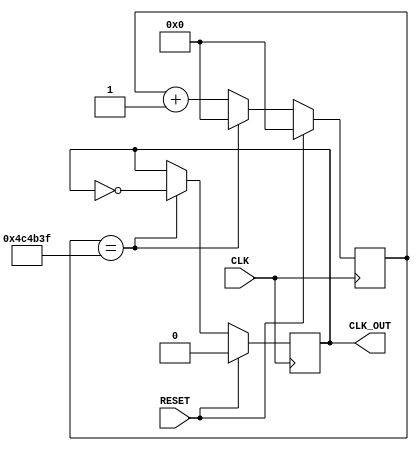
`timescale 1ns / 1ps
//////////////////////////////////////////////////////////////////////////////////
// Company: 
// Engineer: 
// 
// Design Name: 
// Module Name: ClockDivider
// Project Name: 
// Target Devices: 
// Tool Versions: 
// Description: 
// 
// Dependencies: 
// 
// Revision:
// Revision 0.01 - File Created
// Additional Comments:
// 
//////////////////////////////////////////////////////////////////////////////////


module ClockDivider
#(
    parameter IN_MHZ        = 100,
    parameter OUT_KHZ       = 0.01,
    parameter COUNTER_WIDTH = 25
)
(
    input  CLK,
    input  RESET,
    output CLK_OUT
);

// Internal signals
reg clk_out;
reg [COUNTER_WIDTH-1:0] count;
reg [COUNTER_WIDTH-1:0] bound=(1000*IN_MHZ/ OUT_KHZ / 2 - 1); //half of total output cycles

// *****************************
// Pulse counter
// *****************************
always @ (posedge CLK)
    if(RESET == 1'b1) count <= 0;
    else if( count == bound ) count <= 0;
    else count <= count + 1'b1;
// *****************************

// *****************************
// Output clock signal, 50% duty
// *****************************
always @ (posedge CLK)
    if(RESET == 1'b1) clk_out <= 0;
    else if( count == bound ) clk_out <= ~clk_out;      
    else clk_out <= clk_out;  
// *****************************
 
assign CLK_OUT = clk_out;

endmodule